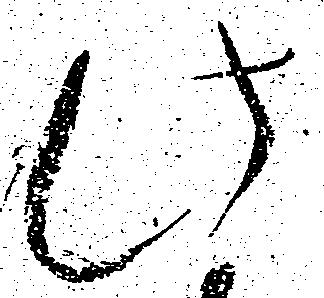
此